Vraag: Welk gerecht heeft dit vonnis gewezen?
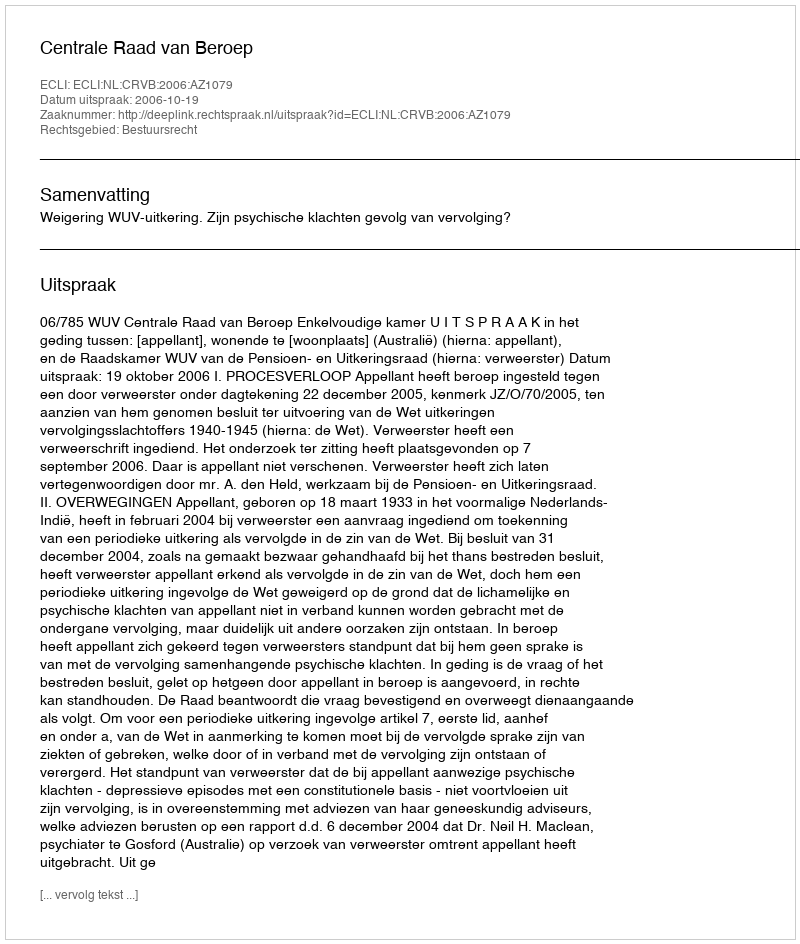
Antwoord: Centrale Raad van Beroep